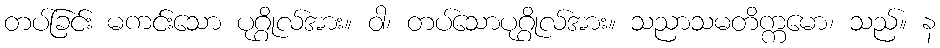
တပ်ခြင်း မကင်းသော ပုဂ္ဂိုလ်အား။ ဝါ၊ တပ်သောပုဂ္ဂိုလ်အား။ သညာသမတိက္ကမော၊ သည်။ န